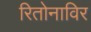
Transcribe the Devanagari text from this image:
रितोनाविर